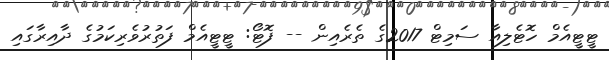
ޓީޓީއެމް ހޮޓެލިއާ ސަމިޓް 2017ގެ ތެރެއިން -- ފޮޓޯ: ޓީޓީއެމް ފަތުރުވެރިކަމުގެ ދާއިރާގައި